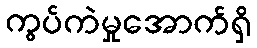
ကွပ်ကဲမှုအောက်ရှိ